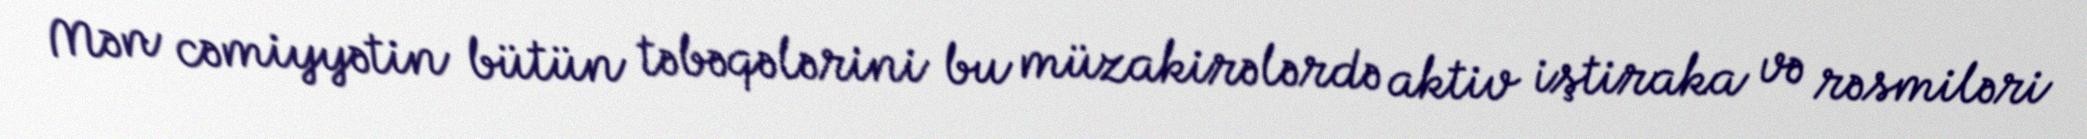
Mən cəmiyyətin bütün təbəqələrini bu müzakirələrdə aktiv iştiraka və rəsmiləri